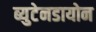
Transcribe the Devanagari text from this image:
ब्युटेनडायोन